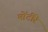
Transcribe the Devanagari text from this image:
मोंटीरे